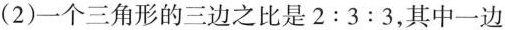
(2)一个三角形的三边之比是2:3:3，其中一边